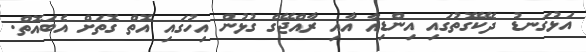
އަޅުގަނޑު ދެކޭގޮތުގައި އިންޑިއާ އާއި ރާއްޖޭގެ ގުޅުން އިހުގައި އޮތް ގޮތަށް އެބައޮތް.